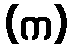
(က)